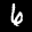
Label: 6